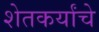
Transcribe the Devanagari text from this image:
शेतकर्यांचे